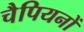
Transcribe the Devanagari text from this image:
चैपियनों